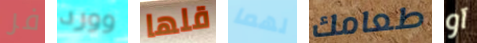
فر وورد قلها لهما طعامك آو